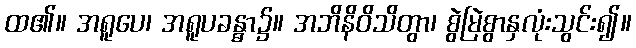
ထ၏။ အရူပေ၊ အရူပခန္ဓာ၌။ အဘိနိဝိသိတွာ၊ စွဲမြဲစွာနှလုံးသွင်း၍။